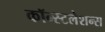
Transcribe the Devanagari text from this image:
कॉन्स्टलेशन्स